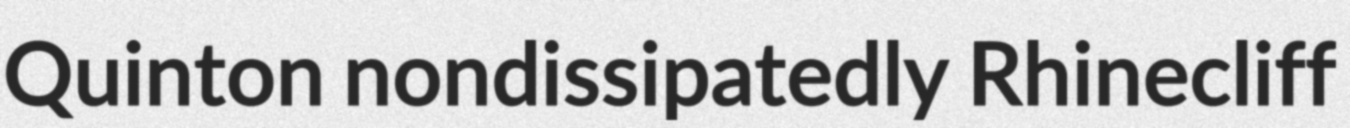
Quinton nondissipatedly Rhinecliff